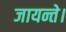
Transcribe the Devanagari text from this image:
जायन्ते।